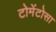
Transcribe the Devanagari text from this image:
टोमेंटोसा